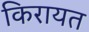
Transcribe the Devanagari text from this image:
किरायत